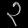
Digit: ၃